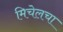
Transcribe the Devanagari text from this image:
मिचेलचा